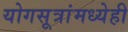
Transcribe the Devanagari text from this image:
योगसूत्रांमध्येही